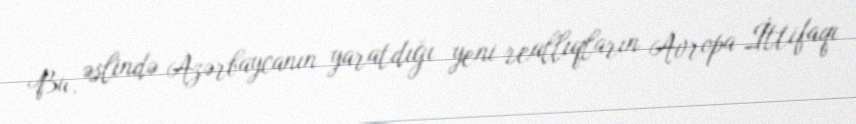
Bu, əslində Azərbaycanın yaratdığı yeni reallıqların Avropa İttifaqı